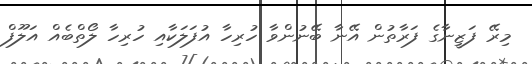
މިރޭ ފަޒީނާގެ ފަރާތުން އޭނާ ބޭނުންވާ ހުރިހާ އުފަލަކާއި ހުރިހާ ލޯތްބެއް އަލޫފް